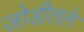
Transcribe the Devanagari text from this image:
जोडीतले